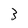
Character: 3